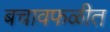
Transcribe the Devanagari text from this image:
बचावफळीत